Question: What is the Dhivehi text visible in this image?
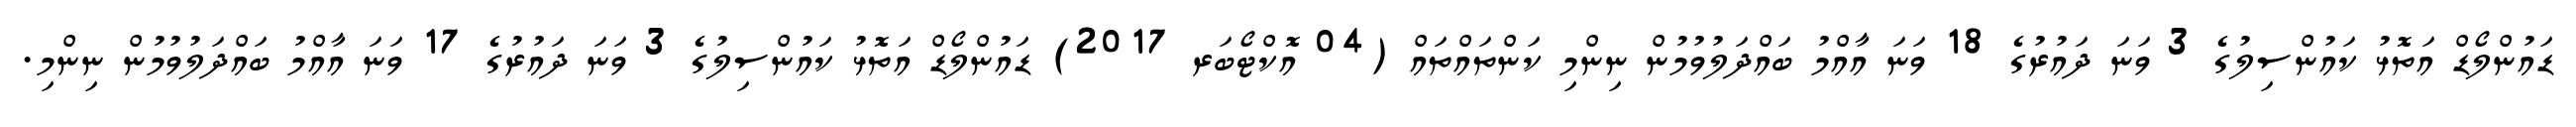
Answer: ޑައުންލޯޑް އަތޮޅު ކައުންސިލުގެ 3 ވަނަ ދައުރުގެ 18 ވަނަ އާއްމު ބައްދަލުވުމުން ނިންމި ކަންތައްތައް (04 އޮކްޓޯބަރ 2017) ޑައުންލޯޑް އަތޮޅު ކައުންސިލުގެ 3 ވަނަ ދައުރުގެ 17 ވަނަ އާއްމު ބައްދަލުވުމުން ނިންމި.